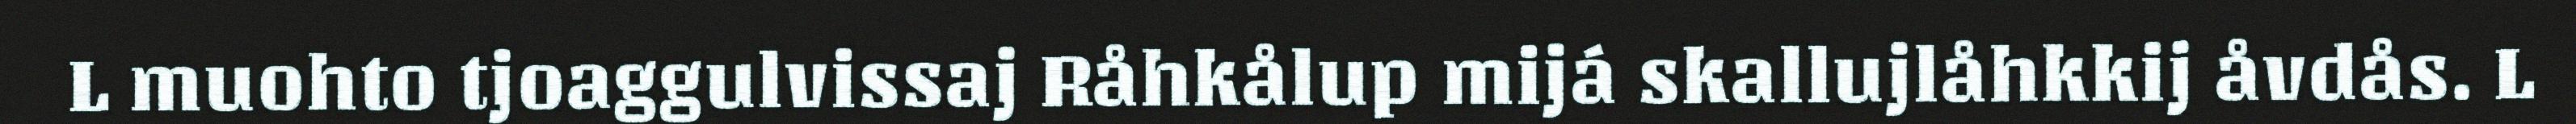
L muohto tjoaggulvissaj Råhkålup mijá skallujlåhkkij åvdås. L